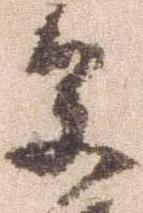
参